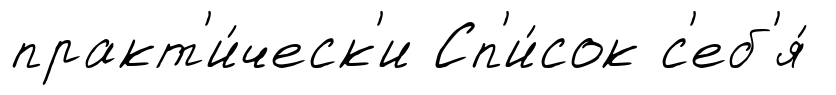
практ'и́ческ'и Сп'и́сок с'еб'я́